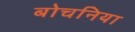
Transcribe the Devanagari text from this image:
बोचनिया